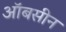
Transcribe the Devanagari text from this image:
ऑबसीन